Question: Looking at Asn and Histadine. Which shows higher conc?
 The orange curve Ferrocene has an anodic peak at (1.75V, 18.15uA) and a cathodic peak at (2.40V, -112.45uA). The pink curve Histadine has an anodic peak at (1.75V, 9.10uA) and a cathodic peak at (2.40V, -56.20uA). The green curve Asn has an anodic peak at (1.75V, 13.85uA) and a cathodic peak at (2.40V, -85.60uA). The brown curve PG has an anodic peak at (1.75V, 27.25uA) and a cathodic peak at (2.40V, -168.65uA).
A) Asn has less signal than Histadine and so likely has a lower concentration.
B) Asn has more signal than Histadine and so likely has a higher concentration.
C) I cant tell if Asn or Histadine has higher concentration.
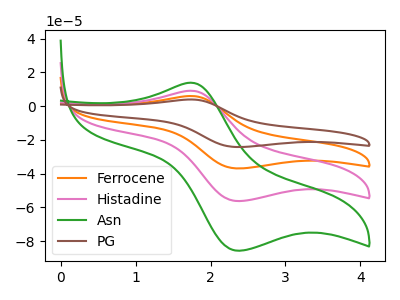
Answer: <think>All the peaks in "Asn" have a peak in "Histadine" at the same potential. Every peak in "Asn" is higher than every peak in "Histadine".
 </think>
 <answer>B) "Asn" has more signal than "Histadine" and so likely has a higher concentration.</answer>
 <eval>B</eval>